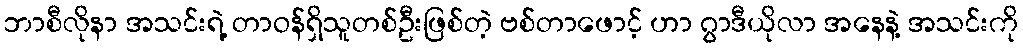
ဘာစီလိုနာ အသင်းရဲ့ တာဝန်ရှိသူတစ်ဦးဖြစ်တဲ့ ဗစ်တာဖောင့် ဟာ ဂွာဒီယိုလာ အနေနဲ့ အသင်းကို